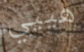
هييي